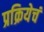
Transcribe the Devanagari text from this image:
प्रक्रियेचं